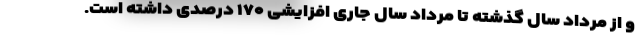
و از مرداد سال گذشته تا مرداد سال جاری افزایشی ۱۷۰ درصدی داشته است.